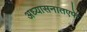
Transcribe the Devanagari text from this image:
अध्यासनातएफे